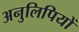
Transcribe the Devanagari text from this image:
अनुलिपियों